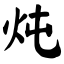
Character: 炖